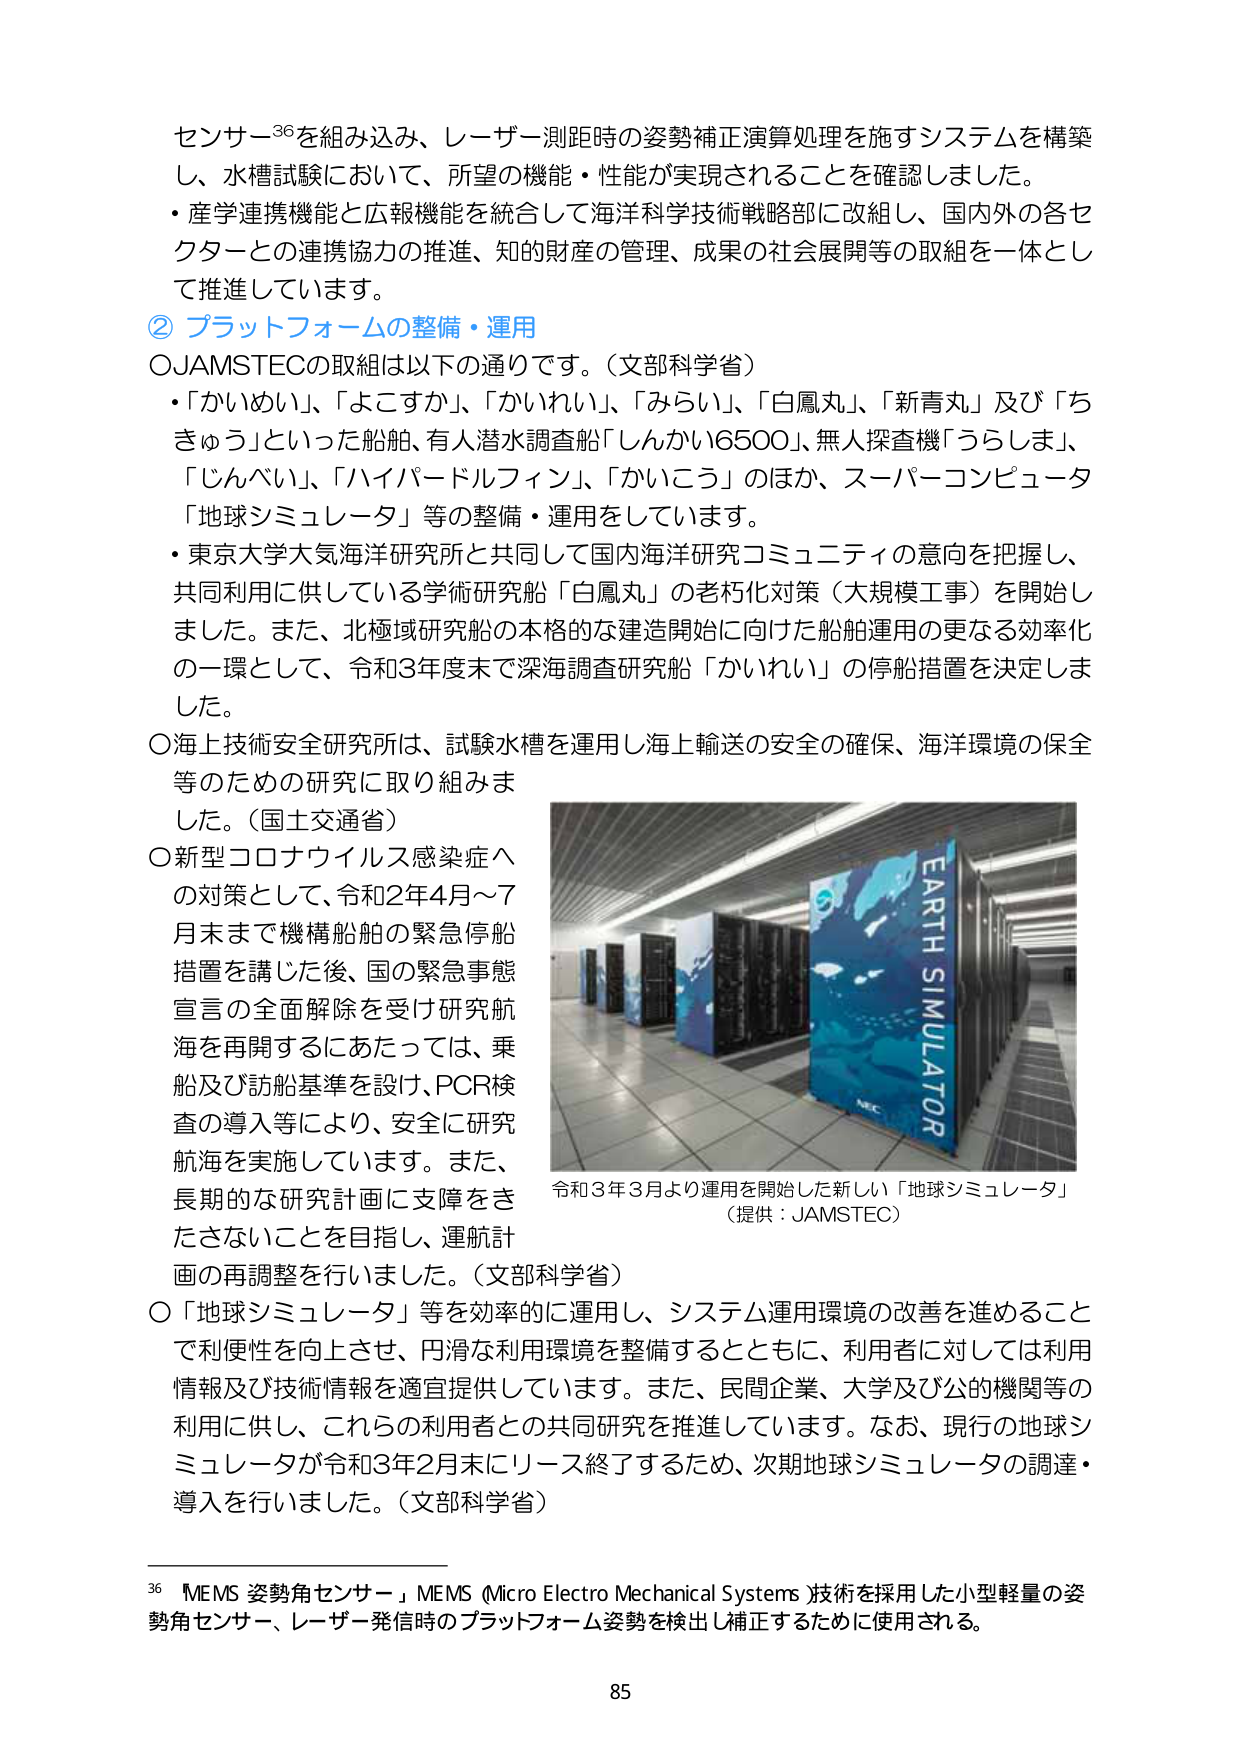
センサー³⁶を組み込み、レーザー測距時の姿勢補正演算処理を施すシステムを構築し、水槽試験において、所望の機能・性能が実現されることを確認しました。
・産学連携機能と広報機能を統合して海洋科学技術戦略部に改組し、国内外の各セクターとの連携協力の推進、知的財産の管理、成果の社会展開等の取組を一体として推進しています。

② プラットフォームの整備・運用
○JAMSTECの取組は以下の通りです。（文部科学省）
・「かいめい」、「よこすか」、「かいれい」、「みらい」、「白鳳丸」、「新青丸」及び「ちきゅう」といった船舶、有人潜水調査船「しんかい6500」、無人探査機「うらしま」、「じんべい」、「ハイパードルフィン」、「かいこう」のほか、スーパーコンピュータ「地球シミュレータ」等の整備・運用をしています。
・東京大学大気海洋研究所と共同して国内海洋研究コミュニティの意向を把握し、共同利用に供している学術研究船「白鳳丸」の老朽化対策（大規模工事）を開始しました。また、北極域研究船の本格的な建造開始に向けた船舶運用の更なる効率化の一環として、令和3年度末で深海調査研究船「かいれい」の停船措置を決定しました。
○海上技術安全研究所は、試験水槽を運用し海上輸送の安全の確保、海洋環境の保全等のための研究に取り組みました。（国土交通省）
○新型コロナウイルス感染症への対策として、令和2年4月～7月末まで機構船舶の緊急停船措置を講じた後、国の緊急事態宣言の全面解除を受け研究航海を再開するにあたっては、乗船及び訪船基準を設け、PCR検査の導入等により、安全に研究航海を実施しています。また、長期的な研究計画に支障をきたさないことを目指し、運航計画の再調整を行いました。（文部科学省）
○「地球シミュレータ」等を効率的に運用し、システム運用環境の改善を進めることで利便性を向上させ、円滑な利用環境を整備するとともに、利用者に対しては利用情報及び技術情報を適宜提供しています。また、民間企業、大学及び公的機関等の利用に供し、これらの利用者との共同研究を推進しています。なお、現行の地球シミュレータが令和3年2月末にリース終了するため、次期地球シミュレータの調達・導入を行いました。（文部科学省）

令和3年3月より運用を開始した新しい「地球シミュレータ」
（提供：JAMSTEC）

³⁶ 『MEMS 姿勢角センサー』MEMS (Micro Electro Mechanical Systems) 技術を採用した小型軽量の姿勢角センサー、レーザー発信時のプラットフォーム姿勢を検出し補正するために使用される。

85